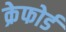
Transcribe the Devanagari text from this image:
क्रेफोर्ड